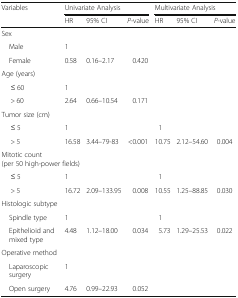
<table><thead><tr><td rowspan="2"><b>Variables</b></td><td colspan="3"><b>Univariate Analysis</b></td><td colspan="3"><b>Multivariate Analysis</b></td></tr><tr><td><b>HR</b></td><td><b>95% CI</b></td><td><b><i>P</i>-value</b></td><td><b>HR</b></td><td><b>95% CI</b></td><td><b><i>P</i>-value</b></td></tr></thead><tbody><tr><td colspan="7">Sex</td></tr><tr><td> Male</td><td>1</td><td></td><td></td><td></td><td></td><td></td></tr><tr><td> Female</td><td>0.58</td><td>0.16–2.17</td><td>0.420</td><td></td><td></td><td></td></tr><tr><td colspan="7">Age (years)</td></tr><tr><td>≤ 60</td><td>1</td><td></td><td></td><td></td><td></td><td></td></tr><tr><td>&gt; 60</td><td>2.64</td><td>0.66–10.54</td><td>0.171</td><td></td><td></td><td></td></tr><tr><td>Tumor size (cm)</td><td></td><td></td><td></td><td></td><td></td><td></td></tr><tr><td>≤ 5</td><td>1</td><td></td><td></td><td>1</td><td></td><td></td></tr><tr><td>&gt; 5</td><td>16.58</td><td>3.44–79-83</td><td>&lt;0.001</td><td>10.75</td><td>2.12–54.60</td><td>0.004</td></tr><tr><td colspan="7">Mitotic count (per 50 high-power fields)</td></tr><tr><td>≤ 5</td><td>1</td><td></td><td></td><td>1</td><td></td><td></td></tr><tr><td>&gt; 5</td><td>16.72</td><td>2.09–133.95</td><td>0.008</td><td>10.55</td><td>1.25–88.85</td><td>0.030</td></tr><tr><td colspan="7">Histologic subtype</td></tr><tr><td> Spindle type</td><td>1</td><td></td><td></td><td>1</td><td></td><td></td></tr><tr><td> Epithelioid and mixed type</td><td>4.48</td><td>1.12–18.00</td><td>0.034</td><td>5.73</td><td>1.29–25.53</td><td>0.022</td></tr><tr><td>Operative method</td><td></td><td></td><td></td><td></td><td></td><td></td></tr><tr><td> Laparoscopic surgery</td><td>1</td><td></td><td></td><td></td><td></td><td></td></tr><tr><td> Open surgery</td><td>4.76</td><td>0.99–22.93</td><td>0.052</td><td></td><td></td><td></td></tr></tbody></table>